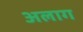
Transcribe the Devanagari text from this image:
अलाग